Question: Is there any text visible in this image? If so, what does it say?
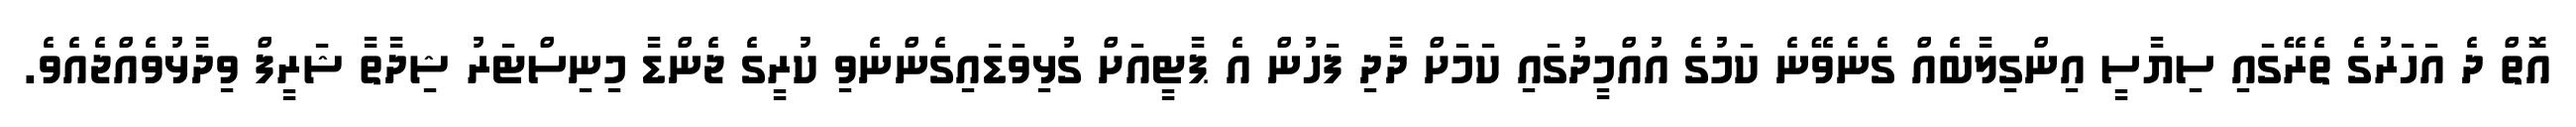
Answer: އޮތް ދެ އަހަރުގެ ތެރޭގައި ސިޔާސީ އިންގިލާބެއް ގެނެވޭނެ ކަމުގެ އުއްމީދުގައި ކަމަށް ދާދި ފަހުން އެ ޕާޓީއަށް ގުޅިވަޑައިގެންނެވި ކުރީގެ ޖެންޑާ މިނިސްޓަރު ޝިދާތާ ޝަރީފް ވިދާޅުވެއްޖެއެވެ.